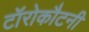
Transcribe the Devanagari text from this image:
टॉरोकौटनी